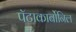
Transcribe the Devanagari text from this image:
पॅटाकार्बोनिल